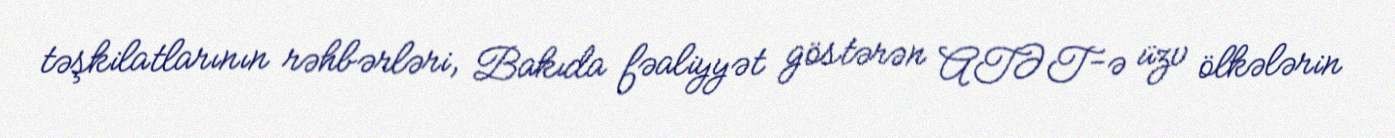
təşkilatlarının rəhbərləri, Bakıda fəaliyyət göstərən ATƏT-ə üzv ölkələrin